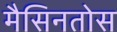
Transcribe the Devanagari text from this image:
मैसिनतोस